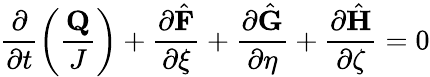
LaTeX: \frac{\partial}{\partial t}\left(\frac{\mathbf{Q}}{J}\right)+\frac{\partial\hat{\mathbf{F}}}{\partial\xi}+\frac{\partial\hat{\mathbf{G}}}{\partial\eta}+\frac{\partial\hat{\mathbf{H}}}{\partial\zeta}=0